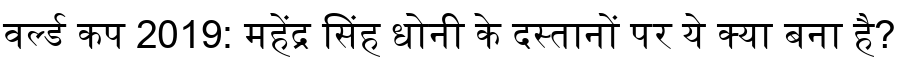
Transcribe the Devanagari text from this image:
वर्ल्ड कप 2019: महेंद्र सिंह धोनी के दस्तानों पर ये क्या बना है?